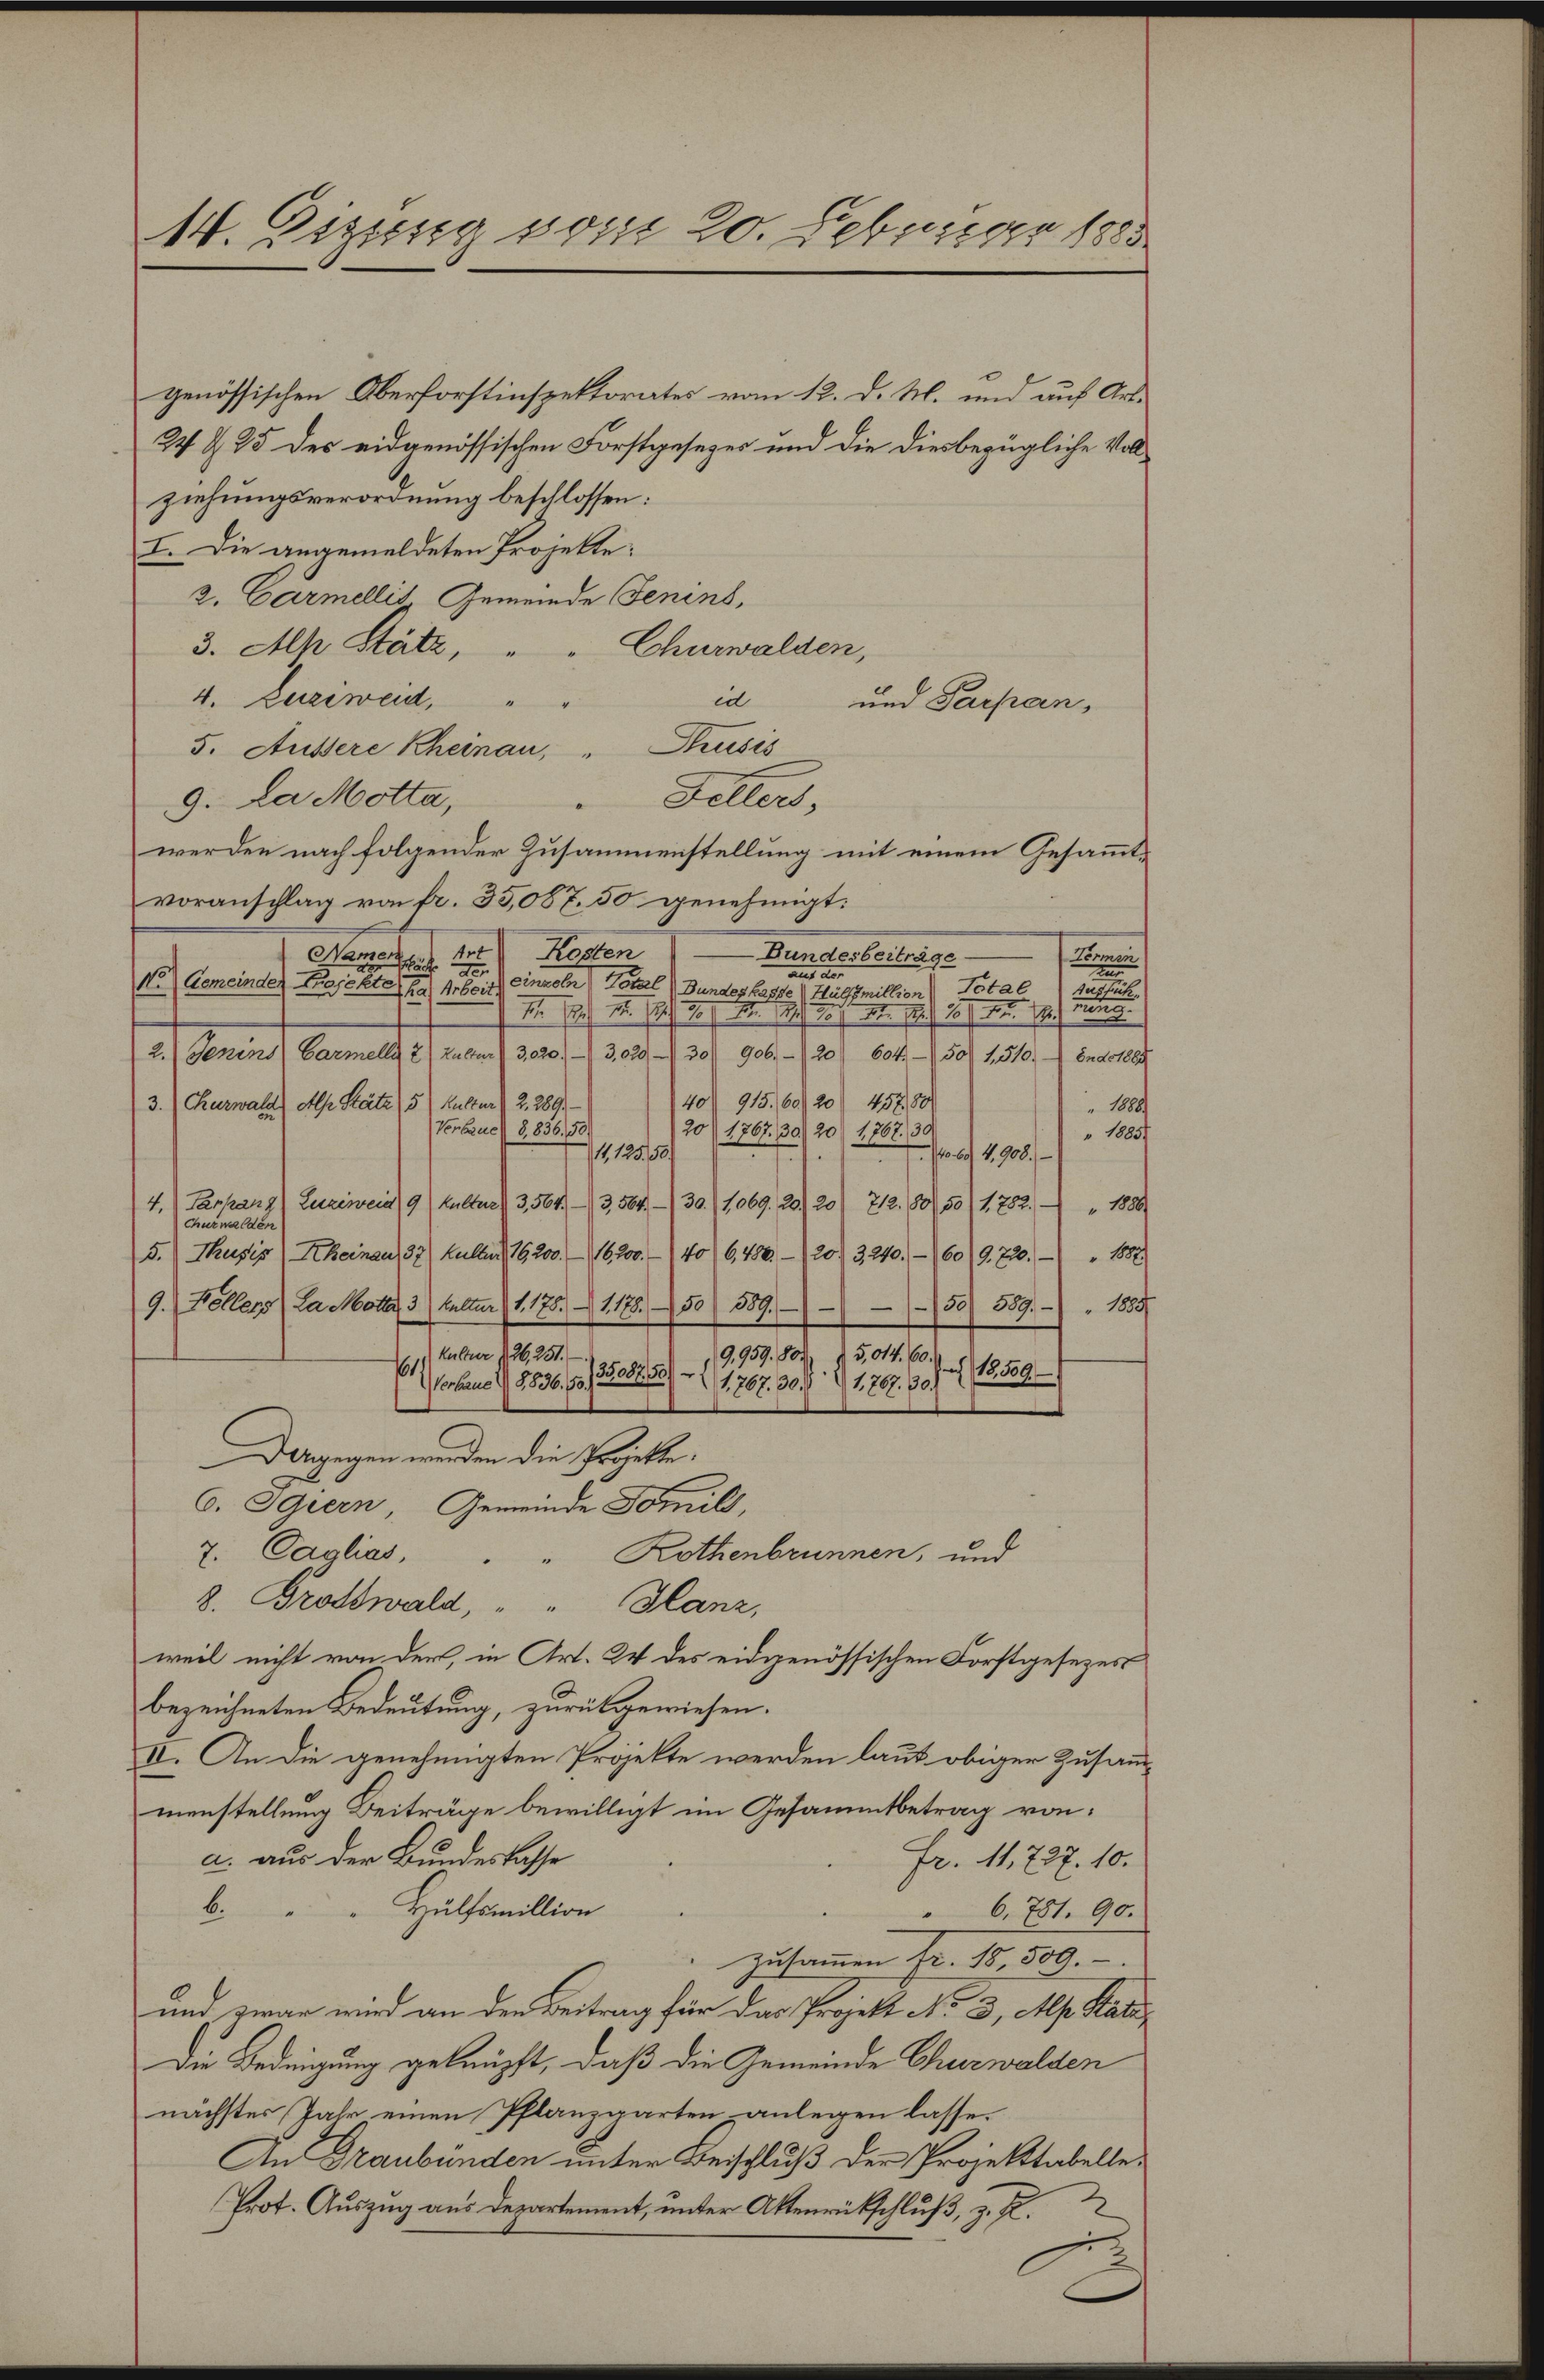
14. Digung vom 20. Februar 1883

genössischen Oberforstinspektorates vom 12. d. M. und auf Art.
24 § 25 des eidgenössischen Forstgeseger und die diesbezügliche Vollziehungsverordnung beschlossen:
I. Die angemeldeten Projekte:
2. Carmellis Gemeinde Jenins,
3. Alp Stäte,
Churwalden,
4. Luziweid,
id
und Parpan,
5. Aussere Rheinau, " Prusis
Fellert,
9. Da Motta,
werden nach folgender Zusammenstellung mit einem Gesammtvoranschlag von fr. 33,087. 50 genehmigt:
Kessen
Bundesbeiträge
Narrer
Termin
de
aus der
No Gemeinder Kajektes 1 4. Seit) einzeln Totel Bunder Pässe v. Halsmillion) Petal
rung eine
nung.
M. Er /. M. Er /. M. den 19. d. J. 18. 178 f 127. d. 1.
2.) Jenins Carmell 2 (alter (3020/ 3,020 - 30. 906. (20) 604. 150 1510. Ende 1889
40 915. 60 (20) 457. 80
3. (Kurwald, Al. Stäte, 5 Kutter (2, 289.
 1889
Verbaue 8, 836. 50.
20 (1767. 30. 20) 1767. 30
" 1885.
11125/50/
706. 4900.
4.) Caspars) Luziwein /9 (Kultur  3,564. 73, 564 (30 (1,069. 20,20) 712. 180/50/1, 782.
1800
Churwalden
5.) Thusis Scheinau, 37) Hulten 176. 200. - 16. 200.- (40 (6,482. 20. 3210. 160 (9. 220. - " 1882
50/ 389. 1889
9. Kollers (la Motta, 3. (halten (1. 175. 1178. 50) 389.)
kultur 126, 251.
9,959. 801
5,014. 60.
1
18,509
(3508855/ 1767. 30. 1707. 30.
Verband 18836. 50.)
Dagegen werden die Projekte.
6. Ogrern, Gemeinde Tomils,
7. Caglias,
Rothenbrunnen, und
8. Protswald, " " Glanz,
weil nicht von der, in Art. 24 des eidgenössischen Forstgesezes
bezeichneten Bedeutung, zurückgewiesen.
II. An die genehmigten Projekte werden laut obiger Zusammanstellung Beiträge bewilligt im Gesammtbetrag von:
a. aus der Bundeskasse
Fr. 11, 727. 10.
Hülfsmillion
" 6. 781. 90.
b.
zusammen fr. 18, 509.
und zwar wird an den Beitrag für das Projekt No. 3, Ap. Kate
Die Bedingung geknüpft, daß die Gemeinde Churwalden
nächstes Jahr einen Pflanzgarten anlegen lasse.
An Graubünden unter Beischluß der Projektabelle.
Prot. Auszug aus Departement, unter Aktenrückschluß, z. R.